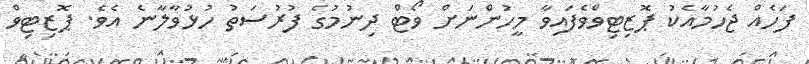
ފަހެއް ޖެހުމާއެކު ޕޮޒިޓިވްވެފައިވާ މީހުންނަށް ވޯޓް ދިނުމުގެ ފުރުސަތު ހުޅުވާލާނެ އެވެ. ޕޮޒިޓިވް